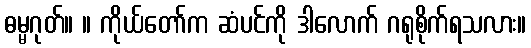
ဓမ္မဂုတ်။ ။ ကိုယ်တော်က ဆံပင်ကို ဒါလောက် ဂရုစိုက်ရသလား။